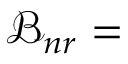
\mathcal { B } _ { n r } =